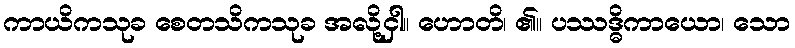
ကာယိကသုခ စေတသိကသုခ အလို့ငှါ။ ဟောတိ၊ ၏။ ပဿဒ္ဓိကာယော၊ သော